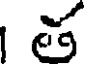
త